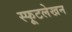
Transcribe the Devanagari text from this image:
स्फूटलेखन